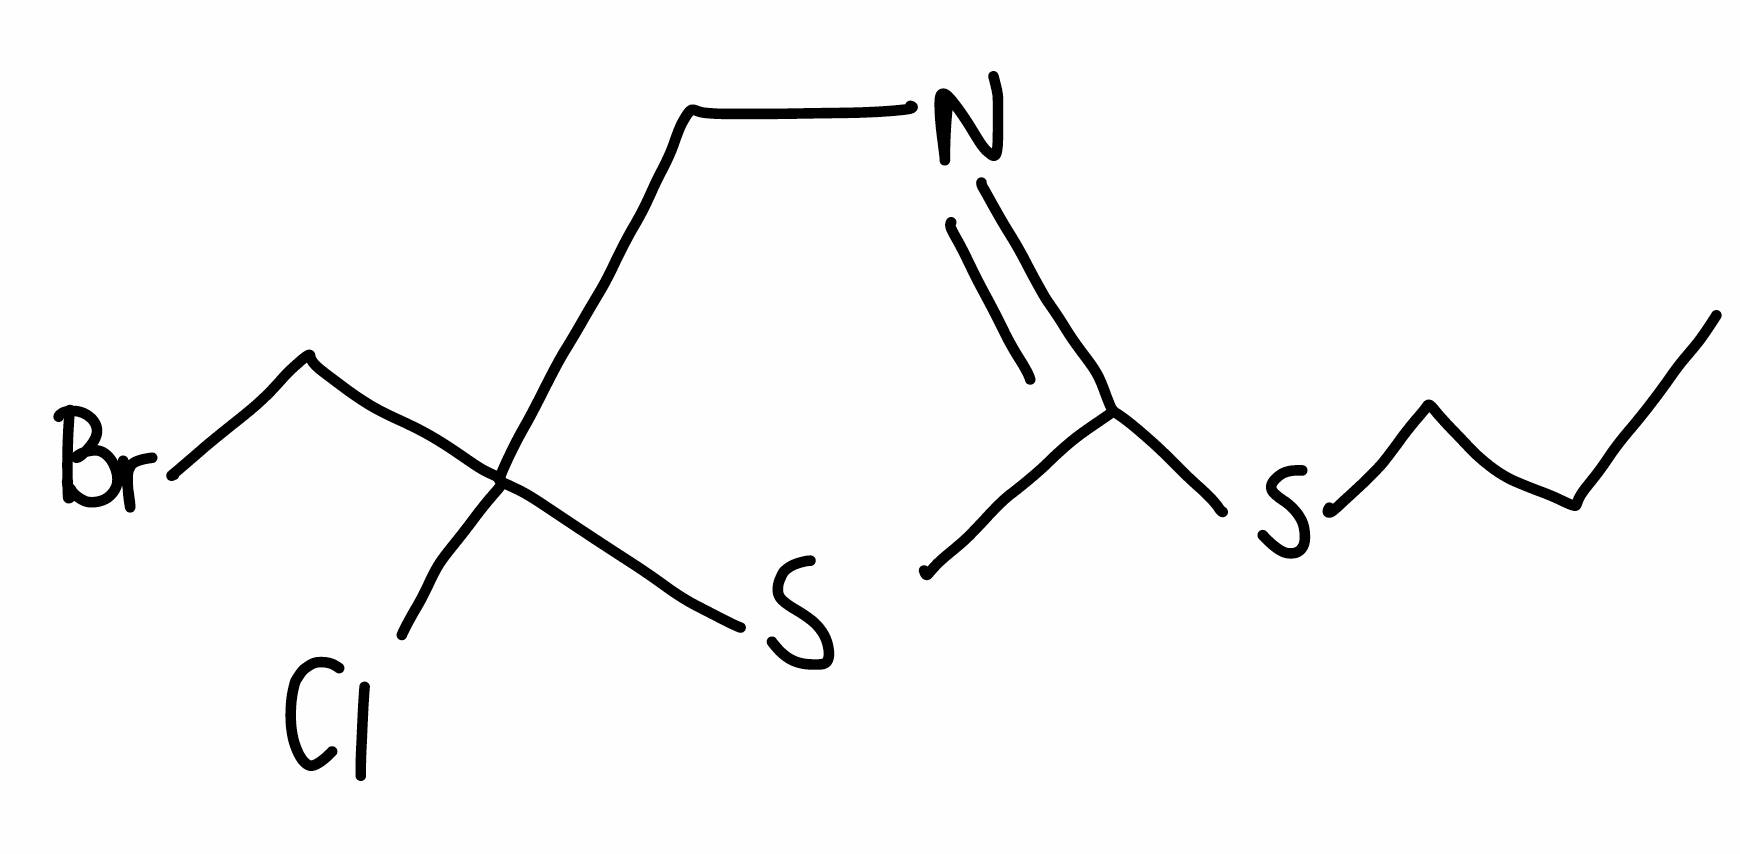
Simplified molecular-input line-entry system (SMILES) notation of the given molecule:
CCCSC1=NCC(S1)(CBr)Cl